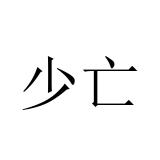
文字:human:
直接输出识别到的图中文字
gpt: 少亡